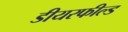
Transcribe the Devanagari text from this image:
डीयरफील्ड